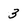
Character: 3